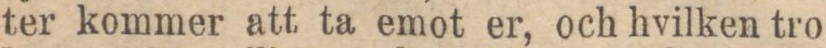
ter kommer att ta emot er, och hvilken tro